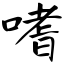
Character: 嗜